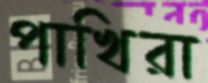
পাখিরা